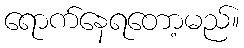
ရောက်နေရတော့မည်။